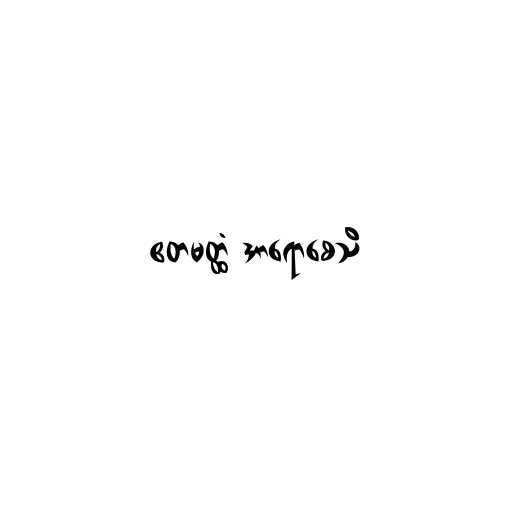
ဧတမတ္ထံ အာရောစေသိ